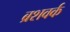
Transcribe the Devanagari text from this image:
ब्रशवर्क